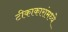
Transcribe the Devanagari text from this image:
टीकाकारांमध्ये